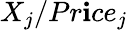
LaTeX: X_{j}/Pr\mathbf{i}ce_{j}